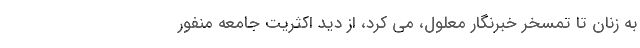
به زنان تا تمسخر خبرنگار معلول، می کرد، از دید اکثریت جامعه منفور